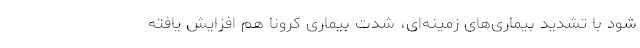
شود با تشدید بیماری‌های زمینه‌ای، شدت بیماری کرونا هم افزایش یافته